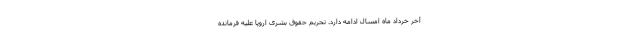
آخر خرداد ماه امسال ادامه دارد. تحریم حقوق بشری اروپا علیه فرمانده